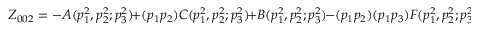
Z _ { 0 0 2 } = - A ( p _ { 1 } ^ { 2 } , p _ { 2 } ^ { 2 } ; p _ { 3 } ^ { 2 } ) \! + ( p _ { 1 } p _ { 2 } ) C ( p _ { 1 } ^ { 2 } , p _ { 2 } ^ { 2 } ; p _ { 3 } ^ { 2 } ) \! + B ( p _ { 1 } ^ { 2 } , p _ { 2 } ^ { 2 } ; p _ { 3 } ^ { 2 } ) \! - ( p _ { 1 } p _ { 2 } ) ( p _ { 1 } p _ { 3 } ) F ( p _ { 1 } ^ { 2 } , p _ { 2 } ^ { 2 } ; p _ { 3 } ^ { 2 } ) \! + ( p _ { 1 } p _ { 3 } ) H ,